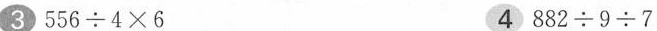
3 $$5 5 6 \div 4 \times 6$$ 4$$8 8 2 \div 9 \div 7$$